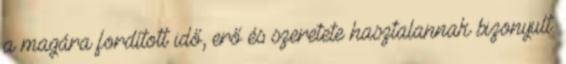
a magára fordított idő, erő és szeretete hasztalannak bizonyult.